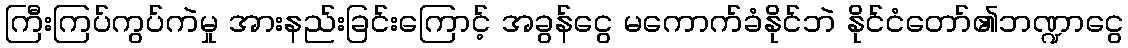
ကြီးကြပ်ကွပ်ကဲမှု အားနည်းခြင်းကြောင့် အခွန်ငွေ မကောက်ခံနိုင်ဘဲ နိုင်ငံတော်၏ဘဏ္ဍာငွေ